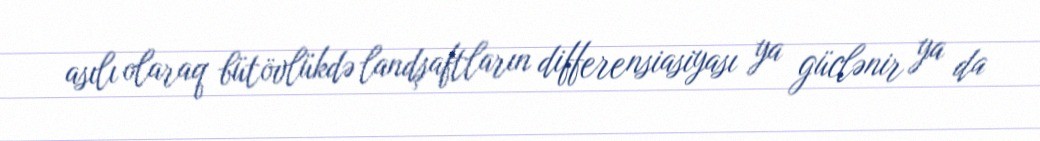
asılı olaraq bütövlükdə landşaftların differensiasiyası ya güclənir ya da